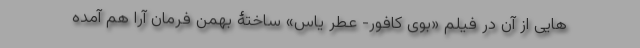
هایی از آن در فیلم «بوی کافور- عطر یاس» ساختۀ بهمن فرمان آرا هم آمده